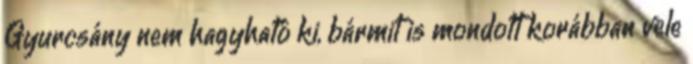
Gyurcsány nem hagyható ki, bármit is mondott korábban vele